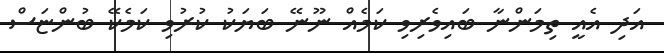
އަދި އެއީ ތިމަންނާ ބައިވެރިވި ކަމެއް ނޫނޭ ބަޔަކު ކުރުވި ކަމެކޭ ބުންޏަސް